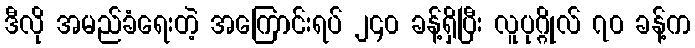
ဒီလို အမည်ခံရေးတဲ့ အကြောင်းရပ် ၂၄၀ ခန့်ရှိပြီး လူပုဂ္ဂိုလ် ၇၀ ခန့်က